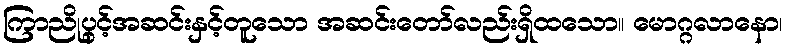
ကြာညိုပွင့်အဆင်းနှင့်တူသော အဆင်းတော်လည်းရှိထသော။ မောဂ္ဂလာနော၊